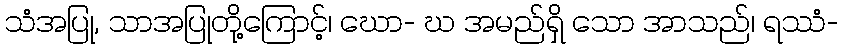
သံအပြု, သာအပြုတို့ကြောင့်၊ ဃော- ဃ အမည်ရှိ သော အာသည်၊ ရဿံ-